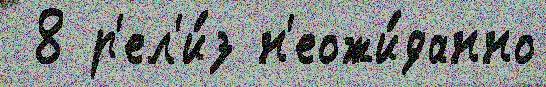
 8 р'ел'и́з н'еожи́данно